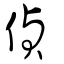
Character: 偵